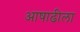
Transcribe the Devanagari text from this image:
आषाढीला